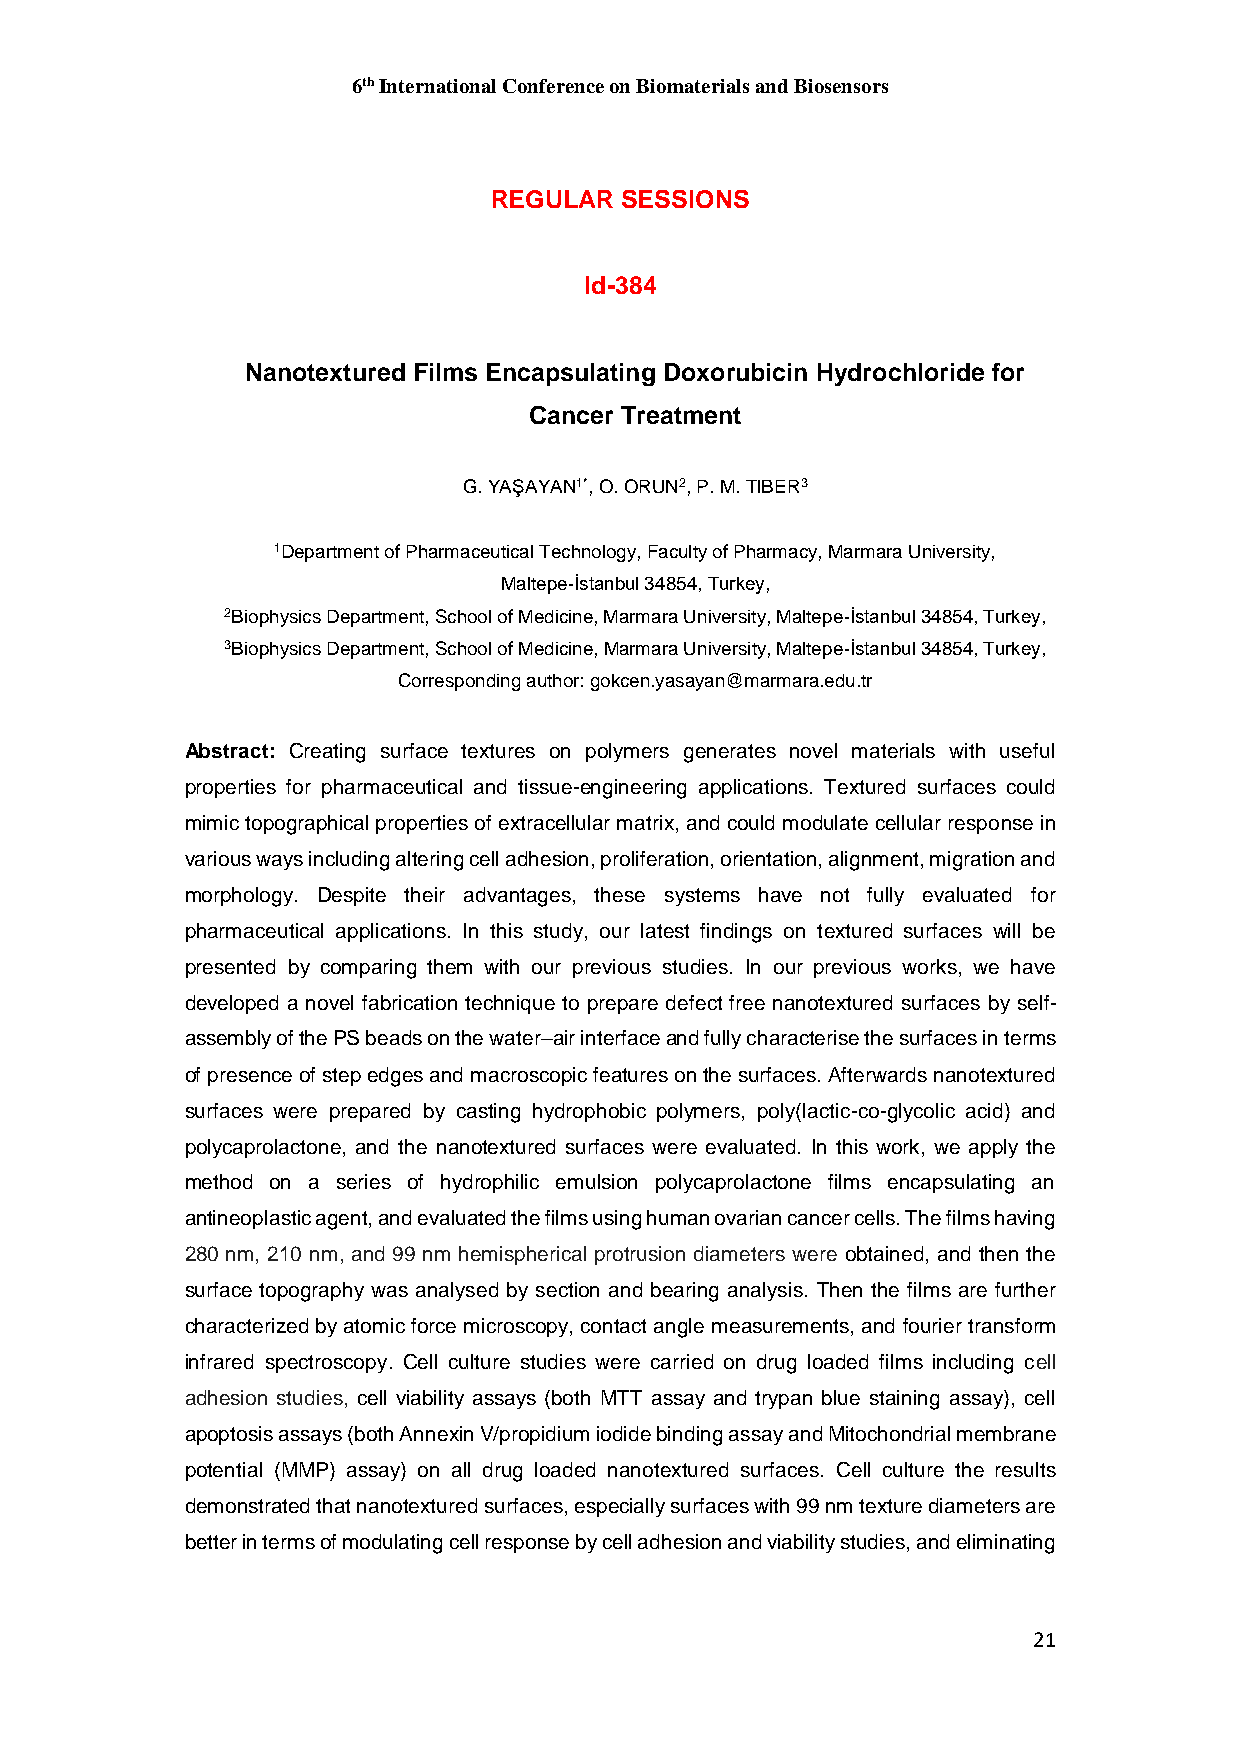
6th International Conference on Biomaterials and Biosensors
 REGULAR  SESSIONS
 Id-384
 Nanotextured Films Encapsulating Doxorubicin Hydrochloride for
 Cancer Treatment
 G. YAŞAYAN1*, O. ORUN2, P. M. TIBER3
 1Department of Pharmaceutical Technology, Faculty of Pharmacy, Marmara University,
 Maltepe-İstanbul 34854, Turkey,
 2Biophysics Department, School of Medicine, Marmara University, Maltepe-İstanbul 34854, Turkey,
 3Biophysics Department, School of Medicine, Marmara University, Maltepe-İstanbul 34854, Turkey,
 Corresponding author: gokcen.yasayan@marmara.edu.tr
 Abstract: Creating surface textures on polymers generates novel materials with useful
 properties for pharmaceutical and tissue-engineering applications. Textured surfaces could
 mimic topographical properties of extracellular matrix, and could modulate cellular response in
 various ways including altering cell adhesion, proliferation, orientation, alignment, migration and
 morphology. Despite their advantages, these systems have not fully evaluated for
 pharmaceutical applications. In this study, our latest findings on textured surfaces will be
 presented by comparing them with our previous studies. In our previous works, we have
 developed a novel fabrication technique to prepare defect free nanotextured surfaces by self-
 assembly of the PS beads on the water–air interface and fully characterise the surfaces in terms
 of presence of step edges and macroscopic features on the surfaces. Afterwards nanotextured
 surfaces were prepared by casting hydrophobic polymers, poly(lactic-co-glycolic acid) and
 polycaprolactone, and the nanotextured surfaces were evaluated. In this work, we apply the
 method on a series of hydrophilic emulsion polycaprolactone films encapsulating an
 antineoplastic agent, and evaluated the films using human ovarian cancer cells. The films having
 280 nm, 210 nm, and 99 nm hemispherical protrusion diameters were obtained, and then the
 surface topography was analysed by section and bearing analysis. Then the films are further
 characterized by atomic force microscopy, contact angle measurements, and fourier transform
 infrared spectroscopy. Cell culture studies were carried on drug loaded films including cell
 adhesion studies, cell viability assays (both MTT assay and trypan blue staining assay), cell
 apoptosis assays (both Annexin V/propidium iodide binding assay and Mitochondrial membrane
 potential (MMP) assay) on all drug loaded nanotextured surfaces. Cell culture the results
 demonstrated that nanotextured surfaces, especially surfaces with 99 nm texture diameters are
 better in terms of modulating cell response by cell adhesion and viability studies, and eliminating
 21